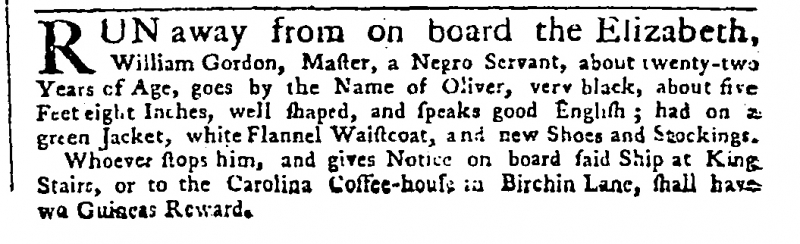
Public Advertiser, 17 November 1757 (England)
RUN away from on board the Elizabeth, William Gordon, Master, a Negro Servant, about twenty-two Years of Age, goes by the Name of Oliver, very black, about five Feet eight Inches, well shaped, and speaks good English; had on a green Jacket, white Flannel Waistcoat, and new Shoes and Stockings.  Whoever stops him, and gives Notice on board said Ship at King Stairs, or to Carolina Coffee-house in Birchin Lane, shall have [t]wo Guineas Reward.